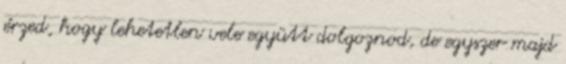
érzed, hogy lehetetlen vele együtt dolgoznod, de egyszer majd